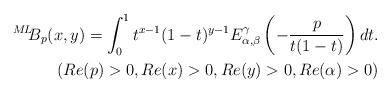
LaTeX: \begin{align*} {}^{M\!L\!\!}{B}_{p}(x,y)=\int_{0}^{1}t^{x-1}(1-t)^{y-1}E_{\alpha, \beta}^{\gamma}\left(-\frac{p}{t(1-t)}\right)dt. \\ (Re(p)>0, Re(x)>0, Re(y)>0, Re(\alpha)>0) \end{align*}